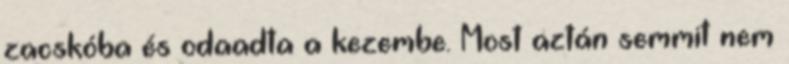
zacskóba és odaadta a kezembe. Most aztán semmit nem